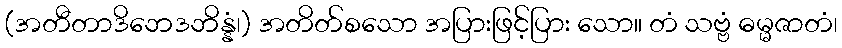
(အတီတာဒိဘေဒဘိန္နံ၊) အတိတ်စသော အပြားဖြင့်ပြား သော။ တံ သဗ္ဗံ ဓမ္မဇာတံ၊